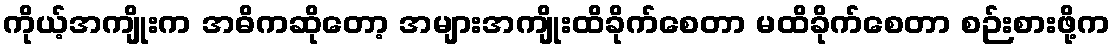
ကိုယ့်အကျိုးက အဓိကဆိုတော့ အများအကျိုးထိခိုက်စေတာ မထိခိုက်စေတာ စဉ်းစားဖို့က